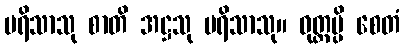
ပရိသာသု စာတိ အဋ္ဌသု ပရိသာသု။ ဝုတ္တမ္ပိ စေတံ